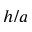
h / a